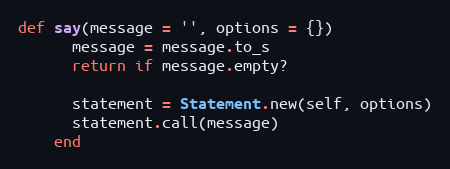
Language: Ruby
def say(message = '', options = {})
      message = message.to_s
      return if message.empty?

      statement = Statement.new(self, options)
      statement.call(message)
    end